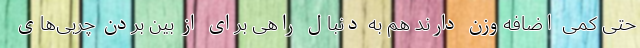
حتی کمی اضافه‌وزن دارند هم به دنبال راهی برای از بین بردن چربی‌های